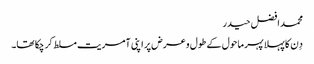
محمد افضل حیدر
دِن کا پہلا پہر ماحول کے طول و عرض پر اپنی آمریت مسلط کر چکا تھا۔